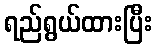
ရည်ရွယ်ထားပြီး